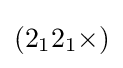
(2_{1}2_{1}{\times })